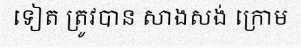
ទៀត ត្រូវបាន សាងសង់ ក្រោម